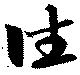
往